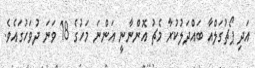
އަދި ޕޯޗުގަލްއާ ބައްދަލުކުރާ މެޗު އޮންނާނީ އަންނަ މަހުގެ 18 ވަނަ ދުވަހުގައެވެ.